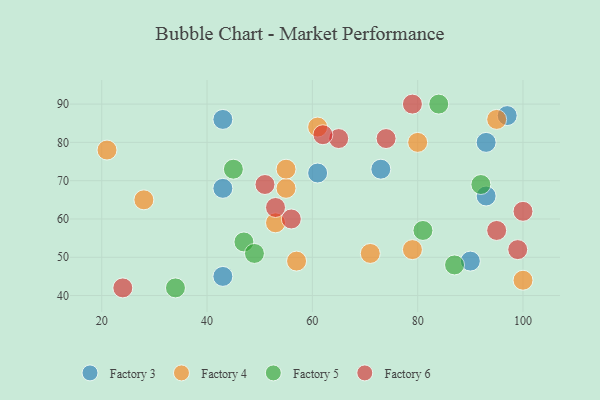
{"axis": {"x": "GDP", "y": "Life Expectancy"}, "legend": ["Factory 3", "Factory 4", "Factory 5", "Factory 6"], "data": [{"x": "61", "y": 72, "type": "Factory 3"}, {"x": "73", "y": 73, "type": "Factory 3"}, {"x": "93", "y": 66, "type": "Factory 3"}, {"x": "97", "y": 87, "type": "Factory 3"}, {"x": "43", "y": 45, "type": "Factory 3"}, {"x": "43", "y": 86, "type": "Factory 3"}, {"x": "90", "y": 49, "type": "Factory 3"}, {"x": "43", "y": 68, "type": "Factory 3"}, {"x": "93", "y": 80, "type": "Factory 3"}, {"x": "21", "y": 78, "type": "Factory 4"}, {"x": "100", "y": 44, "type": "Factory 4"}, {"x": "80", "y": 80, "type": "Factory 4"}, {"x": "55", "y": 68, "type": "Factory 4"}, {"x": "28", "y": 65, "type": "Factory 4"}, {"x": "95", "y": 86, "type": "Factory 4"}, {"x": "55", "y": 73, "type": "Factory 4"}, {"x": "79", "y": 52, "type": "Factory 4"}, {"x": "53", "y": 59, "type": "Factory 4"}, {"x": "61", "y": 84, "type": "Factory 4"}, {"x": "57", "y": 49, "type": "Factory 4"}, {"x": "71", "y": 51, "type": "Factory 4"}, {"x": "84", "y": 90, "type": "Factory 5"}, {"x": "45", "y": 73, "type": "Factory 5"}, {"x": "34", "y": 42, "type": "Factory 5"}, {"x": "47", "y": 54, "type": "Factory 5"}, {"x": "92", "y": 69, "type": "Factory 5"}, {"x": "49", "y": 51, "type": "Factory 5"}, {"x": "87", "y": 48, "type": "Factory 5"}, {"x": "81", "y": 57, "type": "Factory 5"}, {"x": "99", "y": 52, "type": "Factory 6"}, {"x": "100", "y": 62, "type": "Factory 6"}, {"x": "56", "y": 60, "type": "Factory 6"}, {"x": "95", "y": 57, "type": "Factory 6"}, {"x": "65", "y": 81, "type": "Factory 6"}, {"x": "51", "y": 69, "type": "Factory 6"}, {"x": "62", "y": 82, "type": "Factory 6"}, {"x": "74", "y": 81, "type": "Factory 6"}, {"x": "53", "y": 63, "type": "Factory 6"}, {"x": "24", "y": 42, "type": "Factory 6"}, {"x": "79", "y": 90, "type": "Factory 6"}]}